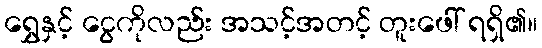
ရွှေနှင့် ငွေကိုလည်း အသင့်အတင့် တူးဖေါ် ရရှိ၏။